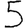
Digit: 5